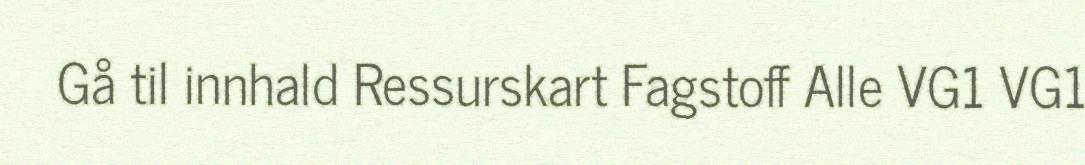
Gå til innhald Ressurskart Fagstoff Alle VG1 VG1